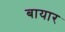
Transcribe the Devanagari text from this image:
बायार